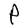
Character: P